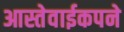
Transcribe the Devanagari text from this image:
आस्तेवाईकपने